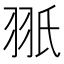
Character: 𦐊